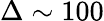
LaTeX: \Delta\sim 100